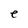
Character: e